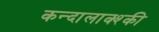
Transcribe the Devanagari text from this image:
कन्दालाक्श्की